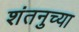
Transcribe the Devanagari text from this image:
शंतनुच्या